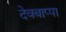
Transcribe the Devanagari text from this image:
देवबाप्पा